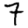
Digit: 7